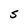
Character: S